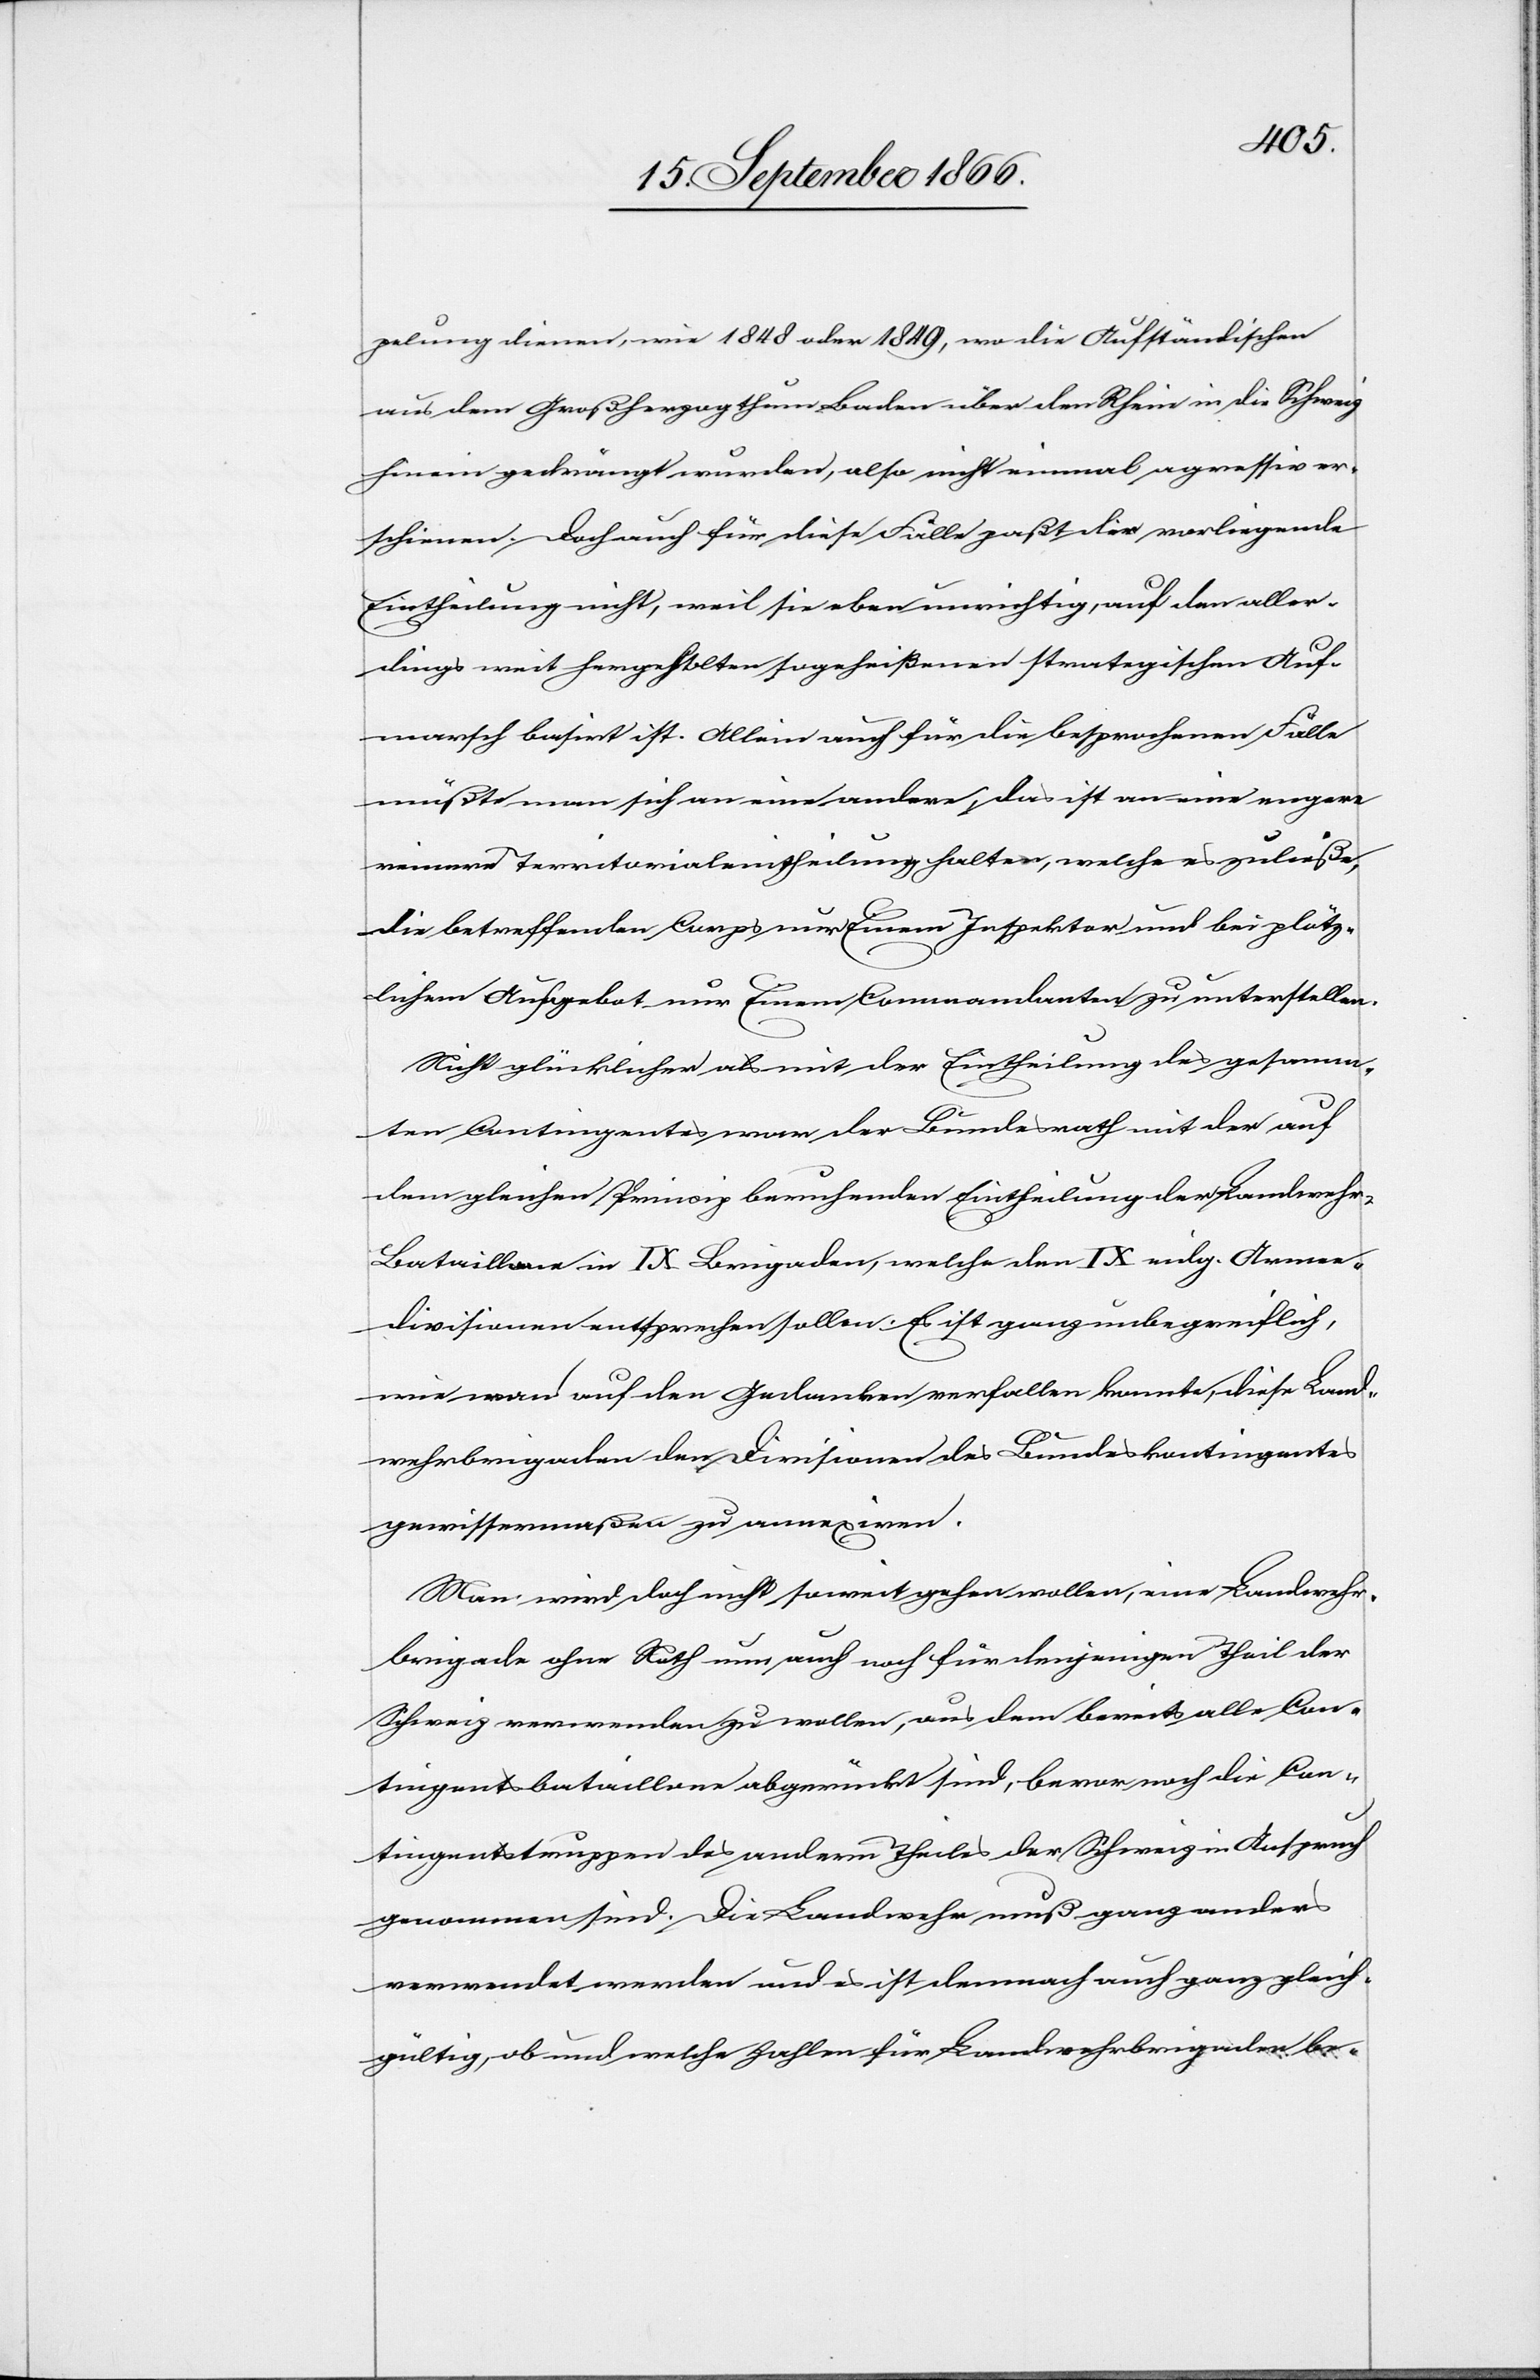
pelung dienen, wie 1848 oder 1849, wo die Aufständischen
aus dem Großherzogthum Baden über den Rhein in die Schweiz
hinein gedrängt wurden, also nicht einmal agressiv er¬
schienen. Doch auch für diese Fälle paßt die vorliegende
Eintheilung nicht, weil sie eben unrichtig, auf den aller¬
dings weit hergeholten sogeheißenen strategischen Auf¬
marsch basirt ist. Allein auch für die besprochenen Fälle
müßte man sich an eine andere, das ist an eine engere
reinere Territorialeintheilung halten, welche es zuläße,
die betreffenden Corps nur Einem Inspektor und bei plötz¬
lichem Aufgebot nur Einem Commandanten zu unterstellen.
Nicht glücklicher als mit der Eintheilung des gesamm¬
ten Contingents war der Bundesrath mit der auf
dem gleichen Princip beruhenden Eintheilung der Landweh¬
r-Bataillone in IX Brigaden, welche den IX eidg. Armee¬
divisionen entsprechen sollen. Es ist ganz unbegreiflich,
wie man auf den Gedanken verfallen konnte, diese Land¬
wehrbrigaden den Divisionen des Bundeskontingentes
gewissermaßen zu annexiren.
Man wird doch nicht soweit gehen wollen, eine Landwehr¬
brigade ohne Noth nun auch noch für denjenigen Theil der
Schweiz verwenden zu wollen, aus dem bereits alle Con¬
tingentsbataillone abgerückt sind, bevor noch die Con¬
tingentstruppen des andern Theiles der Schweiz in Anspruch
genommen sind. Die Landwehr muß ganz anders
verwendet werden und ist demnach auch ganz gleich¬
gültig, ob und welche Zahlen für Landwehrbrigaden be-